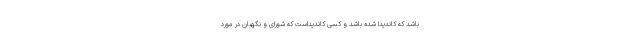
باشد که کاندیدا شده باشد و کسی کاندیداست که شورای و نگهبان در مورد